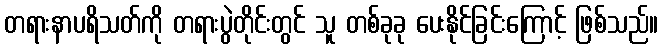
တရားနာပရိသတ်ကို တရားပွဲတိုင်းတွင် သူ တစ်ခုခု ပေးနိုင်ခြင်းကြောင့် ဖြစ်သည်။